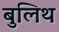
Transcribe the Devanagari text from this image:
बुलिथ